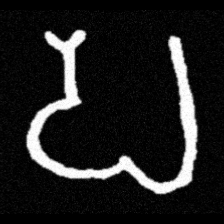
Pyu character \u2014 Myanmar letter: ပ (romanized: pa)